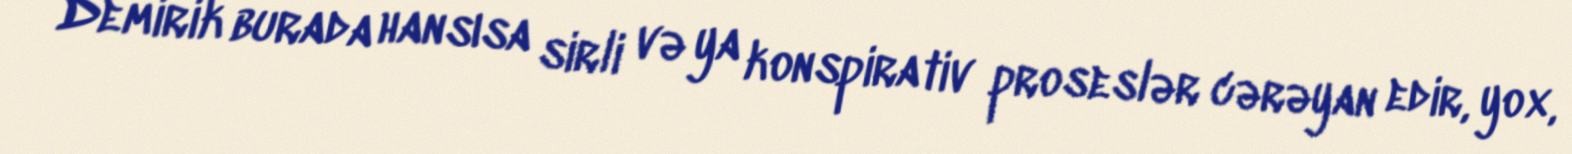
Demirik burada hansısa sirli və ya konspirativ proseslər cərəyan edir, yox,